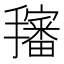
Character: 𱡉